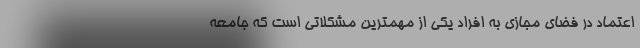
اعتماد در فضای مجازی به افراد یکی از مهمترین مشکلاتی است که جامعه